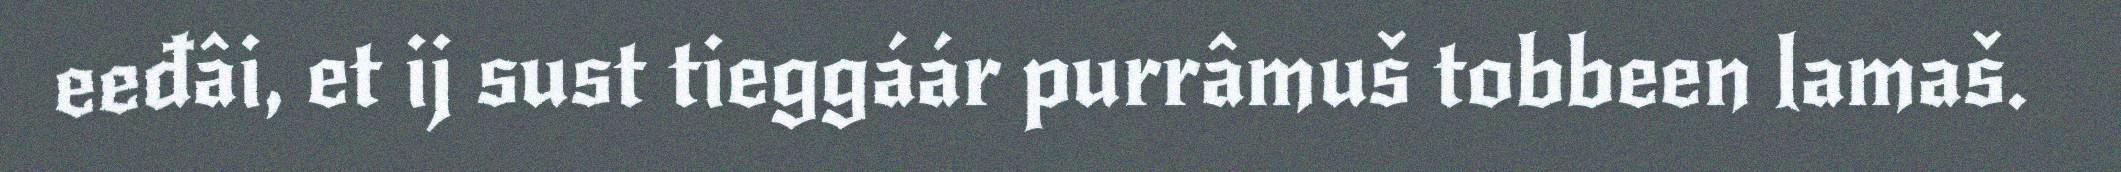
eeđâi, et ij sust tieggáár purrâmuš tobbeen lamaš.